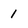
Character: 1